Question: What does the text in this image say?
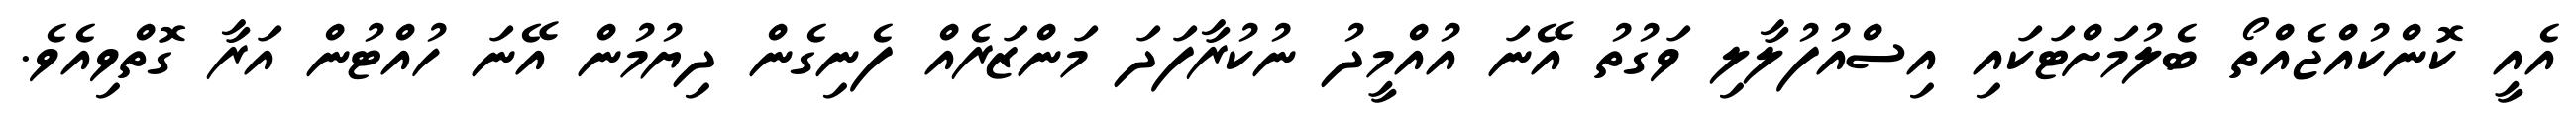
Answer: އެއީ ކޮންކުއްޖެއްތޯ ބެލުމަށްޓަކައި އިސްއުފުލާލި ވަގުތު އޭނަ އުއްމީދު ނުކުރާފަދަ މަންޒަރެއް ފެނިގެން ދިޔުމުން އޭނަ ހުއްޓުން އަރާ ގޮތްވިއެވެ.